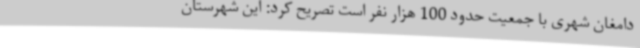
دامغان شهری با جمعیت حدود 100 هزار نفر است تصریح کرد: این شهرستان